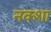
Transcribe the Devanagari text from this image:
नक्‍शा